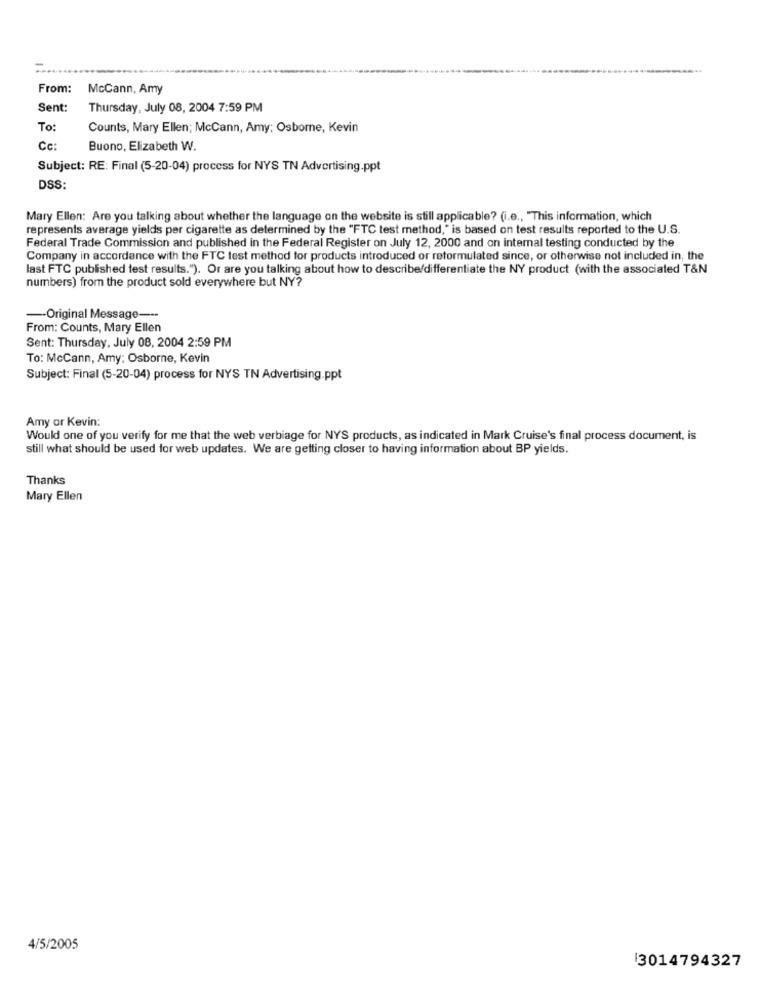
From:
McCann, Amy
Sent:
Thursday, July 08, 2004 7:59 PM
To:
Counts, Mary Ellen; McCann, Amy; Osborne, Kevin
Cc:
Buono, Elizabeth W.
Subject: RE: Final (5-20-04) process for NYS TN Advertising.ppt
DSS:
Mary Ellen: Are you talking about whether the language on the website is still applicable? (i.e ., "This information, which
represents average yields per cigarette as determined by the "FTC test method," is based on test results reported to the U.S.
Federal Trade Commission and published in the Federal Register on July 12, 2000 and on internal testing conducted by the
Company in accordance with the FTC test method for products introduced or reformulated since, or otherwise not included in, the
last FTC published test results."). Or are you talking about how to describe/differentiate the NY product (with the associated T&N
numbers) from the product sold everywhere but NY?
-- Original Message ---
From: Counts, Mary Ellen
Sent: Thursday, July 08, 2004 2:59 PM
To: McCann, Amy: Osborne, Kevin
Subject: Final (5-20-04) process for NYS TN Advertising.ppt
Amy or Kevin:
Would one of you verify for me that the web verbiage for NYS products, as indicated in Mark Cruise's final process document, is
still what should be used for web updates. We are getting closer to having information about BP yields.
Thanks
Mary Ellen
4/5/2005
3014794327